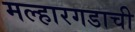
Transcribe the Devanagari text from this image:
मल्हारगडाची